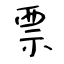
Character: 票